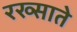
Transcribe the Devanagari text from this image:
रख्साते